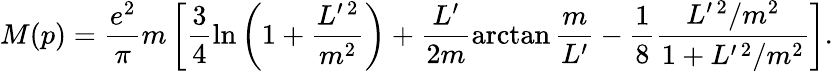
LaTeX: M(p)=\frac{e^{2}}{\pi}m\left[\frac 34\ln\left(1+\frac{L^{\prime\, 2}}{m^{2}}\right)+\frac{L^{\prime}}{2m}\arctan\frac m{L^{\prime}}-\frac 18\frac{L^{\prime\, 2}/m^{2}}{1+L^{\prime\, 2}/m^{2}}\right].